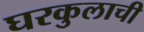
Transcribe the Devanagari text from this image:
घरकुलाची